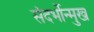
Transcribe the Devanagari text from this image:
संदर्भोन्मुख